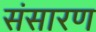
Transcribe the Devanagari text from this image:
संसारण